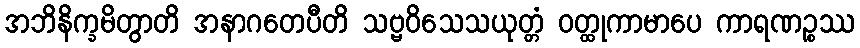
အဘိနိက္ခမိတွာတိ အနာဂတေပီတိ သဗ္ဗဝိသေသယုတ္တံ ဝတ္ထုကာမာပေ ကာရဏဉ္စဿ